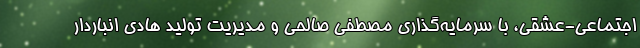
اجتماعی-عشقی، با سرمایه‌گذاری مصطفی صالحی و مدیریت تولید هادی انباردار